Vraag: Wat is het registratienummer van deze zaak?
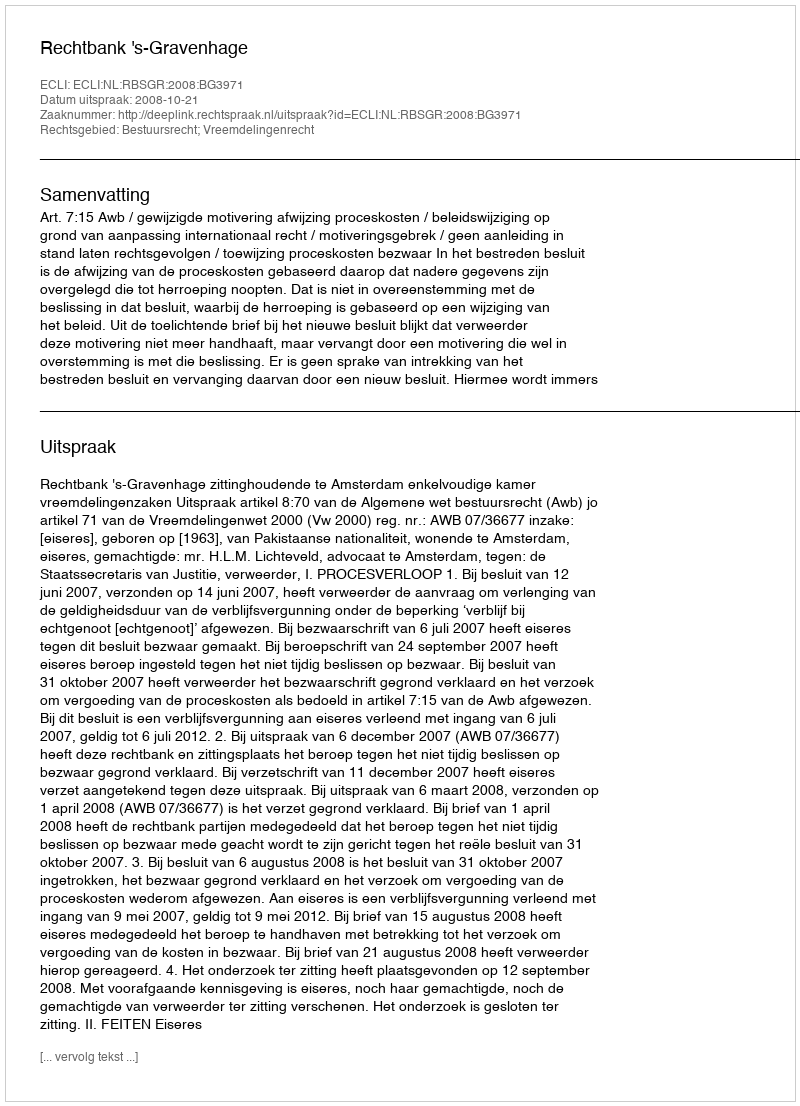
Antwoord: http://deeplink.rechtspraak.nl/uitspraak?id=ECLI:NL:RBSGR:2008:BG3971